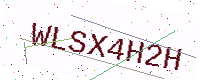
Text: WLSX4H2H